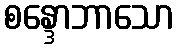
စန္ဒောဘာသော